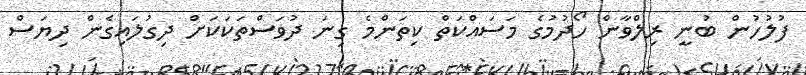
ފުލުހުން ބުނީ ރިލްވާން ހޯދުމުގެ މަސައްކަތް ކިތަންމެ ގިނަ ދުވަސްތަކަކަށް ދިގުލައިގެން ދިޔަސް